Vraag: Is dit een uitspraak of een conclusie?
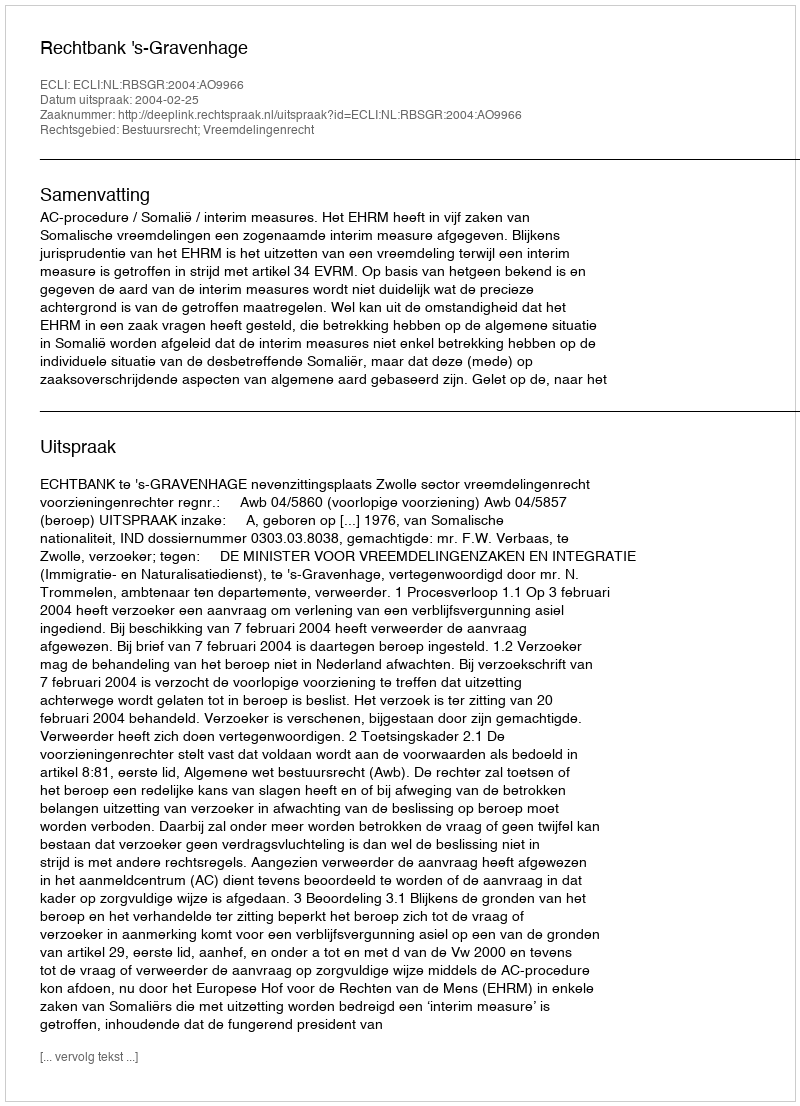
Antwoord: Uitspraak